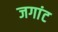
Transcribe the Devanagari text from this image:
जगांट